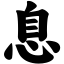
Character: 息